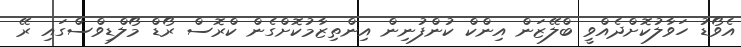
އެވޯޑު ހަވާލުކޮށްދެއްވީ ބްލޭޒަން އިންކް ކުންފުނިން އިންތިޒާމުކޮށްގެން ކްރޮސް ރޯޑް މޯލްޑިވްސްގައި ރޭ